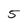
Character: 5